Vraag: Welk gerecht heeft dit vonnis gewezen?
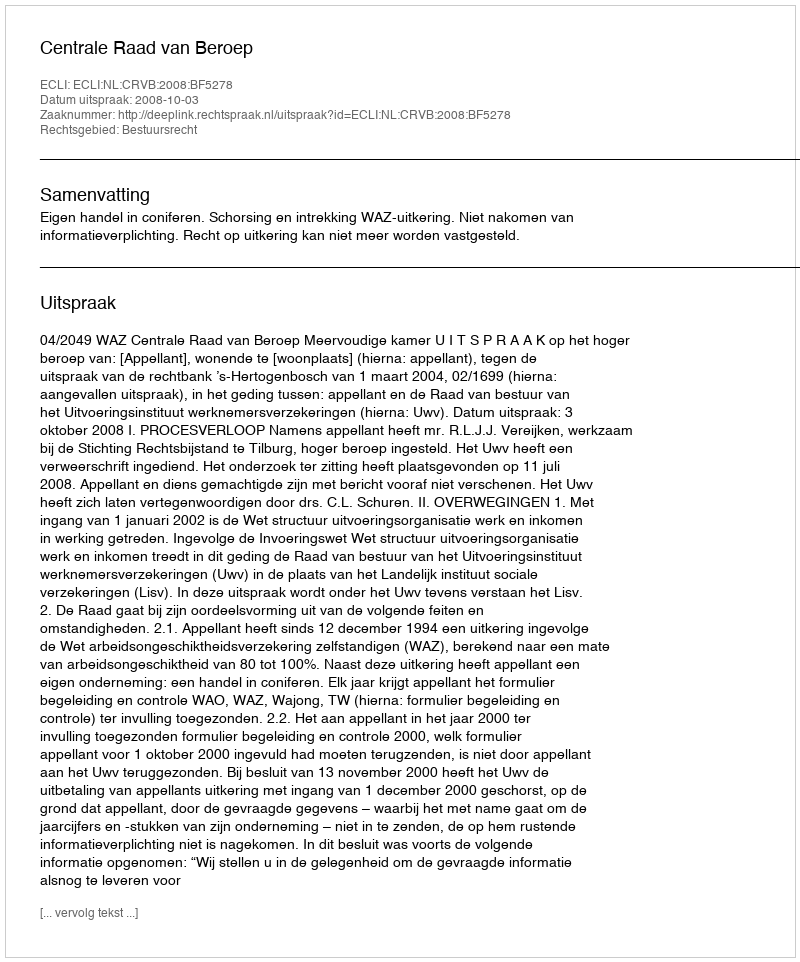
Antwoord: Centrale Raad van Beroep